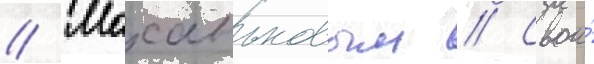
// Маханьковым // Свои́